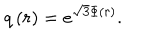
LaTeX: q \left( r \right) = e ^ { \sqrt { 3 } \Phi \left( r \right) } .